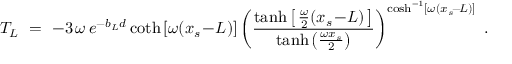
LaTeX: T _ { L } \ = \ - 3 \, \omega \, e ^ { - b _ { L } d } \coth \left[ \omega ( x _ { s } \! - \! L ) \right] \left( \frac { \operatorname { t a n h } \left[ \, \frac { \omega } { 2 } ( x _ { s } \! - \! L ) \, \right] } { \operatorname { t a n h } \left( \frac { \omega x _ { s } } { 2 } \right) } \right) ^ { \cosh ^ { - 1 } \left[ \omega ( x _ { s } \! - \! L ) \right] } \ .